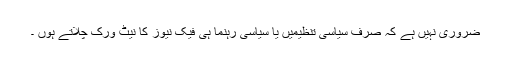
ضروری نہیں ہے کہ صرف سیاسی تنظیمیں یا سیاسی رہنما ہی فیک نیوز کا نیٹ ورک چلاتے ہوں ۔